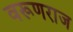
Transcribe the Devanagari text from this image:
वरूणराज